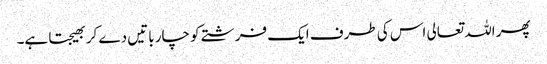
پھر اللہ تعالی اس کی طرف ایک فرشتے کو چار باتیں دے کر بھیجتا ہے۔